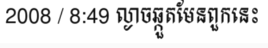
2008 / 8:49 ល្ងាចឆ្កួតមែនពួកនេះ